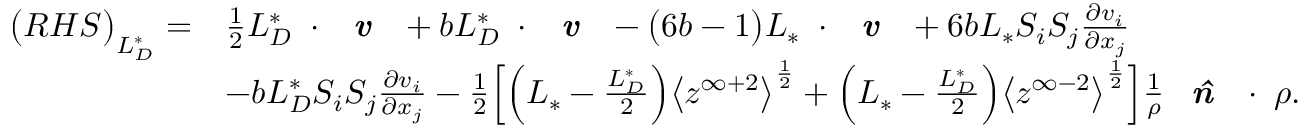
\begin{array} { r l } { \big ( R H S \big ) _ { L _ { D } ^ { * } } = } & { \frac { 1 } { 2 } { L _ { D } ^ { * } } \mathbf { \nabla } \cdot \textbf { \emph { v } } + b { L _ { D } ^ { * } } \mathbf { \nabla } \cdot \textbf { \emph { v } } - \big ( 6 b - 1 \big ) { L _ { * } } \mathbf { \nabla } \cdot \textbf { \emph { v } } + 6 b { L _ { * } } S _ { i } S _ { j } \frac { \partial v _ { i } } { \partial x _ { j } } } \\ & { - b { L _ { D } ^ { * } } S _ { i } S _ { j } \frac { \partial v _ { i } } { \partial x _ { j } } - \frac { 1 } { 2 } \Big [ \Big ( { L _ { * } } - \frac { L _ { D } ^ { * } } { 2 } \Big ) \big < z ^ { \infty + 2 } \big > ^ { \frac { 1 } { 2 } } + \Big ( { L _ { * } } - \frac { L _ { D } ^ { * } } { 2 } \Big ) \big < z ^ { \infty - 2 } \big > ^ { \frac { 1 } { 2 } } \Big ] \frac { 1 } { \rho } \textbf { \emph { \^ n } } \cdot \mathbf { \nabla } \rho . } \end{array}